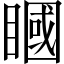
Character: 𥊞